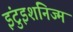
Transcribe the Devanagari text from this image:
इंटुइशनिज्म